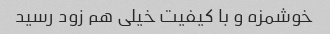
خوشمزه و با کیفیت خیلی هم زود رسید